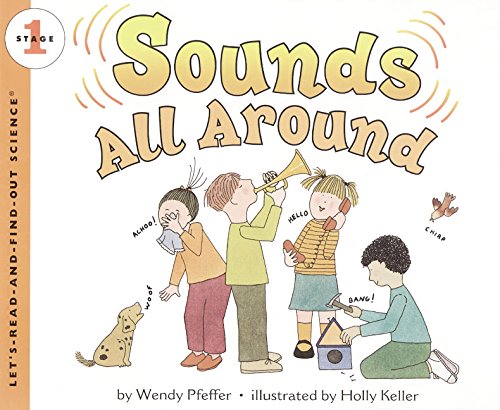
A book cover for Sounds All Around (Let's-Read-and-Find-Out Science 1); Wendy Pfeffer; Children's Books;